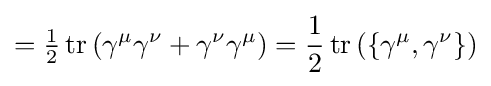
={\tfrac {1}{2}}\operatorname {tr} \left(\gamma ^{\mu }\gamma ^{\nu }+\gamma ^{\nu }\gamma ^{\mu }\right)={\frac {1}{2}}\operatorname {tr} \left(\left\{\gamma ^{\mu },\gamma ^{\nu }\right\}\right)